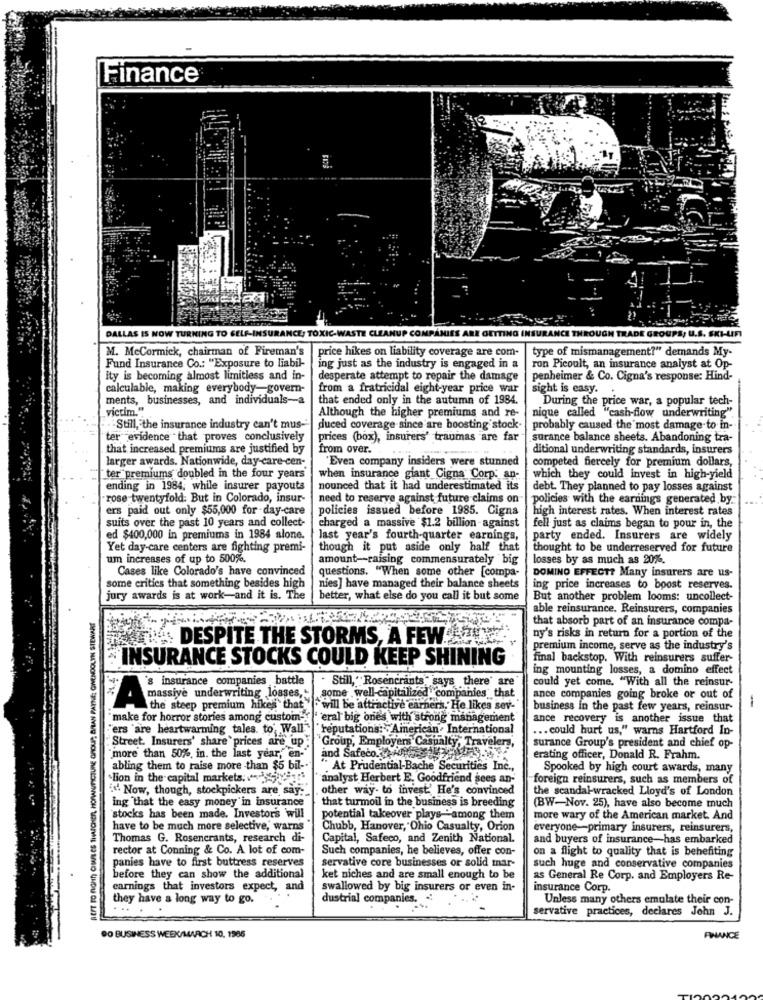
Finance
DALLAS IS NOW TURNING TO SELF-INSURANCE; TOXIC-WASTE CLEANUP COMPANIES ARE GETTING IN
PS, u.S.
M. McCormick, chairman of Fireman's
price hikes on liability coverage are com-
type of mismanagement?" demands My-
Fund Insurance Co .: "Exposure to liabil-
ing just as the industry is engaged in a
ron Picoult, an insurance analyst at Op-
ity is becoming almost limitless and in-
desperate attempt to repair the damage
penheimer & Co. Cigna's response: Hind-
calculable, making everybody-govern-
from a fratricidal eight-year price war
sight is easy.
ments, businesses, and individuals-a
that ended only in the autumn of 1984.
During the price war, a popular tech-
victim."
nique called "cash-flow underwriting".
Although the higher premiums and re-
Still, the insurance industry can't mus --
duced coverage-since are boosting stock.
probably caused the most damage to in-
"ter evidence that proves conclusively
prices (box), insurers' traumas are far
surance balance sheets. Abandoning tra-
that increased premiums are justified by
from over.
ditional underwriting standards, insurers
larger awards. Nationwide, day-care-cen-
'Even company insiders were stunned
competed fiercely for premium dollars,
ter"premiums doubled in the four years'
when insurance giant Cigna Corp: an-
which they could invest in high-yield
ending in 1984, while insurer payouts
nounced that it had underestimated its
debt. They planned to pay losses against
rose twentyfold: But in Colorado, insur-
need to reserve against future claims on
policies with the earnings generated by
ers paid out only $55,000 for -day-care
policies issued before 1985. Cigna
high interest rates. When interest rates
suits over the past 10 years and collect-
charged a massive $1.2 billion-against
fell just as claims began to pour in, the
ed $400,000 in premiums in 1984 alone.
last year's fourth-quarter earnings,
party ended. Insurers are widely
Yet day-care centers are fighting premi-
though it put aside only half that
thought to be underreserved for future
um increases of up to 500%.
amount-raising commensurately big
losses by as much as 20%.
Cases like Colorado's have convinced
questions. "When some other [compa-
DOMINO EFFECT? Many insurers are us-
some critics that something besides high
nies] have managed their balance sheets
ing price increases to boost reserves.
jury awards is at work-and it is. The
better, what else do you call it but some
But another problem looms: uncollect-
able reinsurance. Reinsurers, companies
that absorb part of an insurance compa-
paris. DESPITE THE STORMS, A FEW!AZUN
ny's risks in return for a portion of the
premium income, serve as the industry's
`INSURANCE STOCKS COULD KEEP SHINING
final backstop. With reinsurers suffer-
ing mounting losses, a domino effect
's insurance companies battle
could yet come. "With all the reinsur-
massive underwriting losses,
some well-capitalized
Still, " Rosencrants" says there" are
companies that
ance companies going broke or out of
A
the steep premium hikes that will be attractive earners. He likes sev-
business in the past few years, reinsur-
make for horror stories among custom-
''eral big ones with strong management
ance recovery is another issue that
"ers 'are heartwarming tales. to Wall
"reputations: American International
... could hurt us," warns Hartford In-
"Street. Insurers' share ' prices are up:
'Group, Employers Casualty, Travelers,
surance Group's president and chief op-
and Safeco.les
"more than 50%, in. the last year,"en-"
erating officer, Donald R. Frahm.
abling them to raise more than $5 bil-"
" At Prudential-Bache Securities Inc .,
Spooked by high court awards, many
"lion in the capital markets. "-
analyst Herbert E. Goodfriend sees an-
foreign reinsurers, such as members of
i. Now, though, stockpickers are say."
other way- to invest' He's convinced
the scandal-wracked Lloyd's of London
ing that the easy money'in insurance
that turmoil in the business is breeding
(BW-Nov. 25), have also become much
"stocks has been made. Investors will
potential takeover plays "among them
more wary of the American market. And
have to be much more selective, warns
Chubb, Hanover, Ohio Casualty, Orion
everyone -- primary insurers, reinsurers,
Thomas G. Rosencrants, research di-
Capital, Safeco, and Zenith National.
and buyers of insurance-has embarked
rector at Conning & Co. A lot of com-
Such companies, he believes, offer con-
on a flight to quality that is benefiting
panies have to first buttress reserves
servative core businesses or solid mar-
such huge and conservative companies
.
before they can show the additional
ket niches and are small enough to be
as General Re Corp. and Employers Re-
earnings that investors expect, and
swallowed by big insurers or even in-
insurance Corp.
they have a long way to go.
dustrial companies. "
Unless many others emulate their con-
.
servative practices, declares John J.
90 BUSINESS WEEK/MARCH 10, 1986
FINANCE